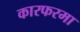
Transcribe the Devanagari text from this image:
कारफरमा